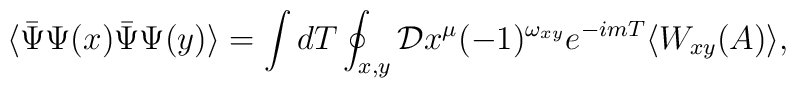
\langle  \bar \Psi \Psi(x)  \bar \Psi\Psi (y)  \rangle =  \int dT\oint_{ x,y}{\cal D} x^\mu (-1)^{ \omega_{x y}}e^{-i m  T }  \langle   W_{xy} (A)       \rangle,